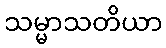
သမ္မာသတိယာ